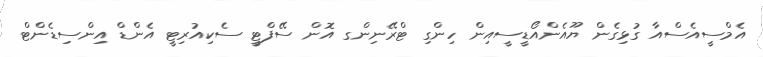
އެމްސީއެސްއާ ގުޅިގެން ޔޫއެންއޯޑީސީއިން ހިންގި ޓްރޭނިންގ އޮން ސޭފްޓީ ސެކިއުރިޓީ އެންޑް އިންސިޑެންޓް